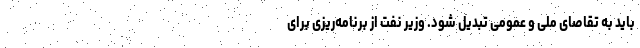
باید به تقاصای ملی و عمومی تبدیل شود. وزیر نفت از برنامه‌ریزی برای